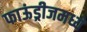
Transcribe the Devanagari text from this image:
फाऊंड्रीजमध्ये